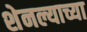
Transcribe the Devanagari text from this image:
शेनल्याच्या